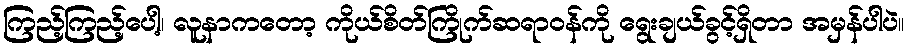
ကြည့်ကြည့်ပေါ့၊ လူနာကတော့ ကိုယ်စိတ်ကြိုက်ဆရာဝန်ကို ရွေးချယ်ခွင့်ရှိတာ အမှန်ပါပဲ။